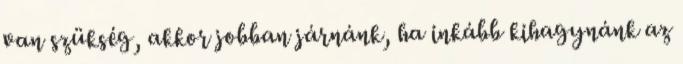
van szükség, akkor jobban járnánk, ha inkább kihagynánk az